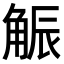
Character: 𧣨